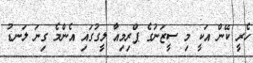
ހެރީ ކޭން އަކީ މި ސީޒަނުގެ ޕްރިމިއާ ލީގުގައި އެންމެ ގިނަ ލަނޑު